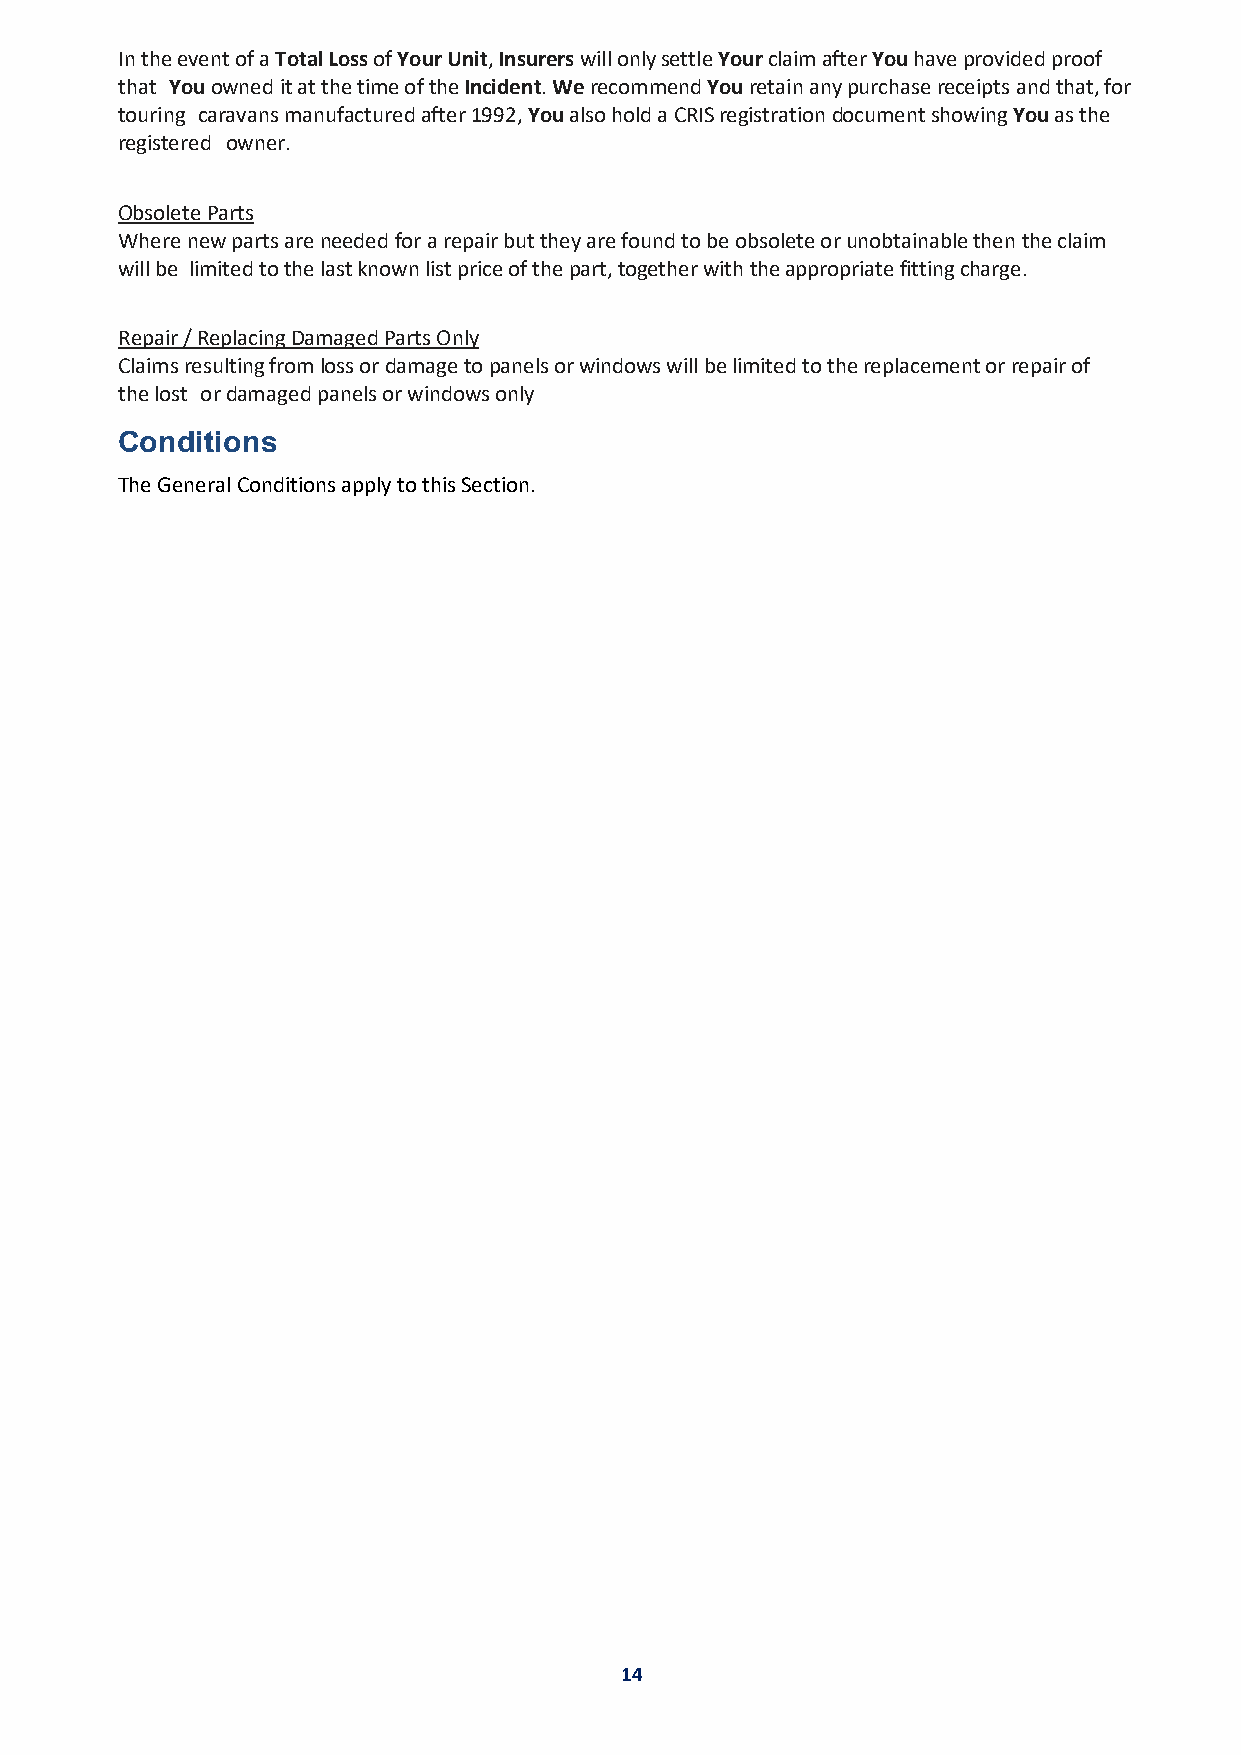
In the event of a Total Loss of Your Unit, Insurers will only settle Your claim after You have provided proof
 that You owned it at the time of the Incident. We recommend You retain any purchase receipts and that, for
 touring caravans manufactured after 1992, You also hold a CRIS registration document showing You as the
 registered owner.
 Obsolete Parts
 Where new parts are needed for a repair but they are found to be obsolete or unobtainable then the claim
 will be limited to the last known list price of the part, together with the appropriate fitting charge.
 Repair / Replacing Damaged Parts Only
 Claims resulting from loss or damage to panels or windows will be limited to the replacement or repair of
 the lost or damaged panels or windows only
 Conditions
 The General Conditions apply to this Section.
 14